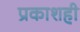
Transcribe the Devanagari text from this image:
प्रकाशही